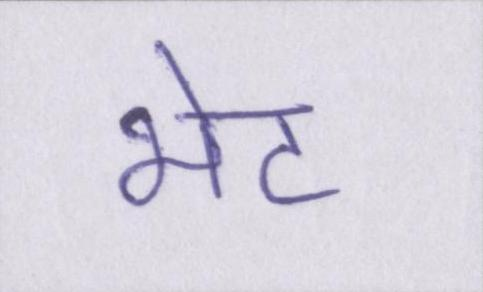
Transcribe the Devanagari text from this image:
भेट